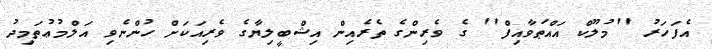
އެފަހަރު ''މުލޫކް އައްޠަވާއިފް'' ގެ ވެރިންގެ ތެރެއިން އިޝްބީލިޔާގެ ވެރިއަކަށް ހުންނެވި އަލްމުޢުތަމިދު